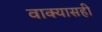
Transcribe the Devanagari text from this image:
वाक्यासही